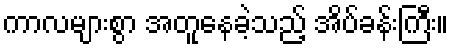
ကာလများစွာ အတူနေခဲ့သည့် အိပ်ခန်းကြီး။